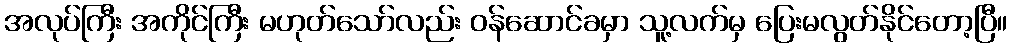
အလုပ်ကြီး အကိုင်ကြီး မဟုတ်သော်လည်း ဝန်ဆောင်ခမှာ သူ့လက်မှ ပြေးမလွတ်နိုင်တော့ပြီ။